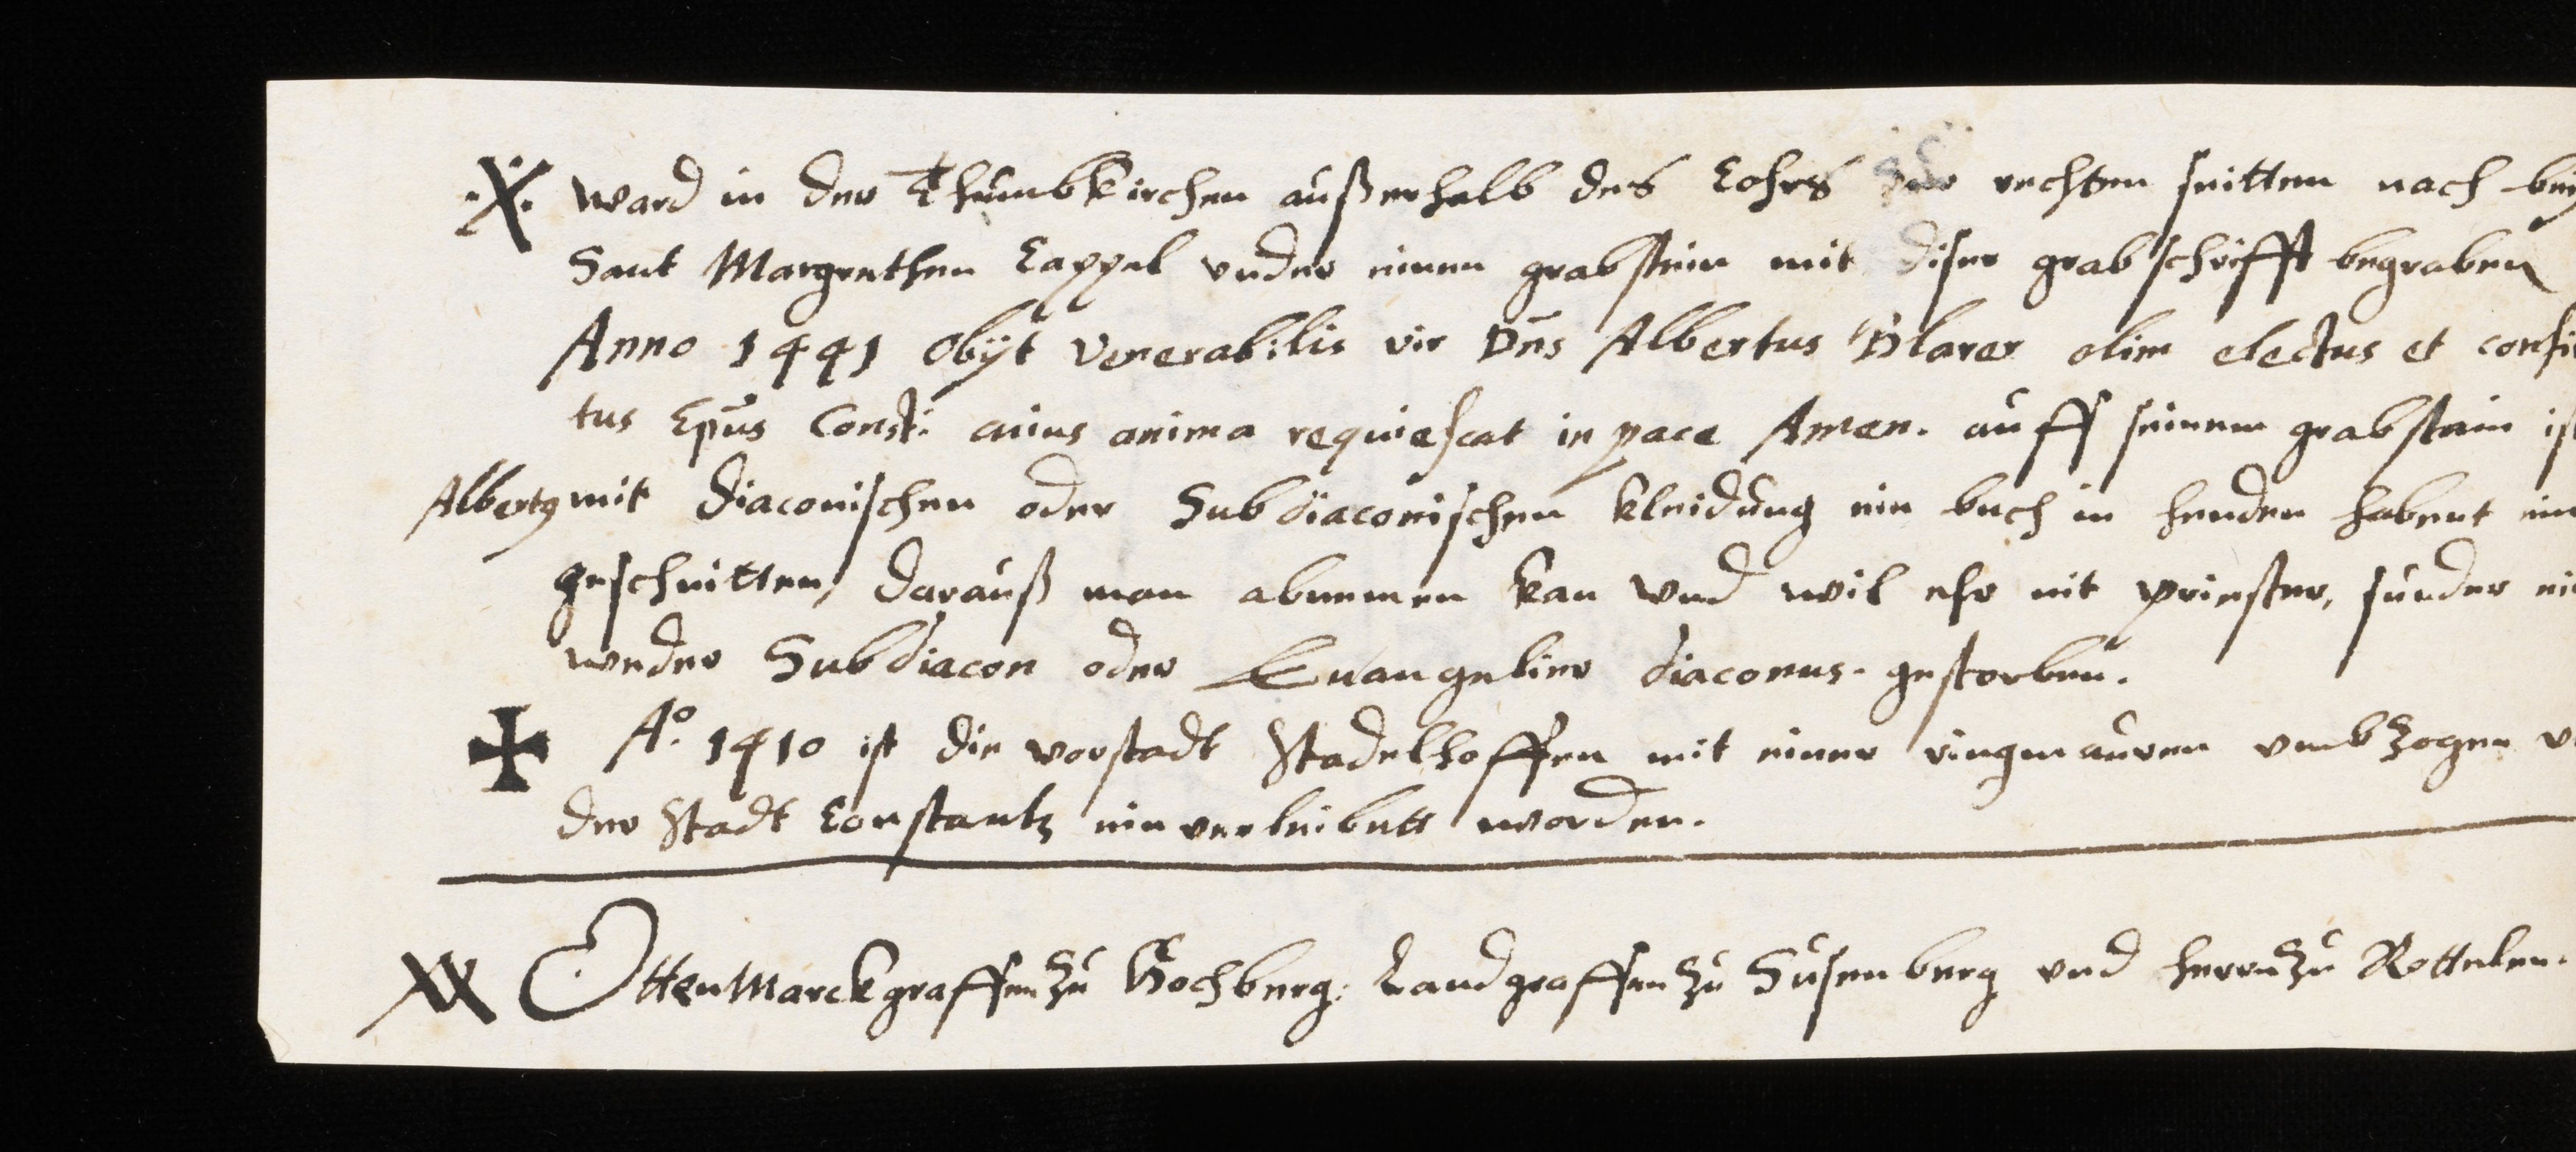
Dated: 1629–1659